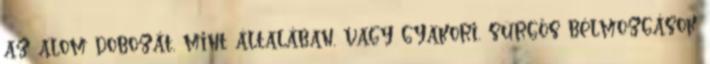
az alom dobozát, mint általában, vagy gyakori, sürgős bélmozgások